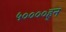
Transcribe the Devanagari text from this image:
५००००हून